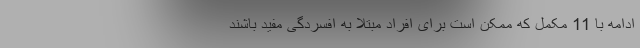
ادامه با 11 مکمل که ممکن است برای افراد مبتلا به افسردگی مفید باشند